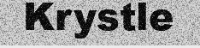
Krystle